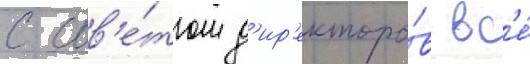
с сов'е́том д'ир'екторо́в вс'е́